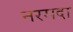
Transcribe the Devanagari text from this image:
नरमदा